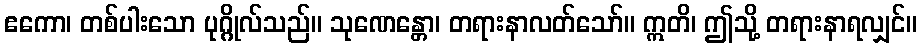
ဧကော၊ တစ်ပါးသော ပုဂ္ဂိုလ်သည်။ သုဏေန္တော၊ တရားနာလတ်သော်။ ဣတိ၊ ဤသို့ တရားနာရလျှင်။